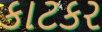
કાટકર